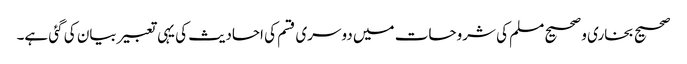
صحیح بخاری و صحیح مسلم کی شروحات میں دوسری قسم کی احادیث کی یہی تعبیر بیان کی گئی ہے۔